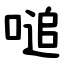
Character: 㗓